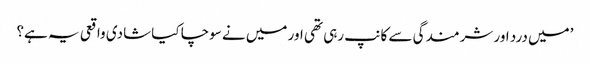
’میں درد اور شرمندگی سے کانپ رہی تھی اور میں نے سوچا کیا شادی واقعی یہ ہے؟